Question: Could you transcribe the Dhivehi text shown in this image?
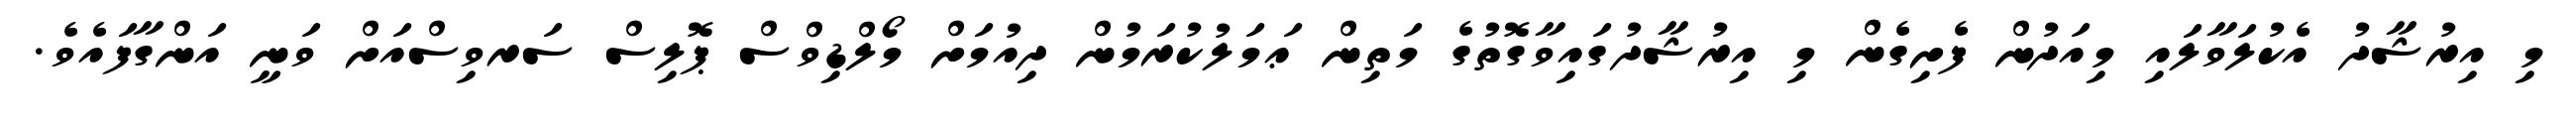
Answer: މި އިރުޝާދު އެކުލަވާލައި މިއަދުން ފެށިގެން މި އިރުޝާދުގައިވާގޮތުގެ މަތިން ޢަމަލުކުރަމުން ދިއުމަށް މޯލްޑިވްސް ޕޮލިސް ސަރވިސްއަށް ވަނީ އަންގާފައެވެ.